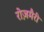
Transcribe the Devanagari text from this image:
रोज़मैरी